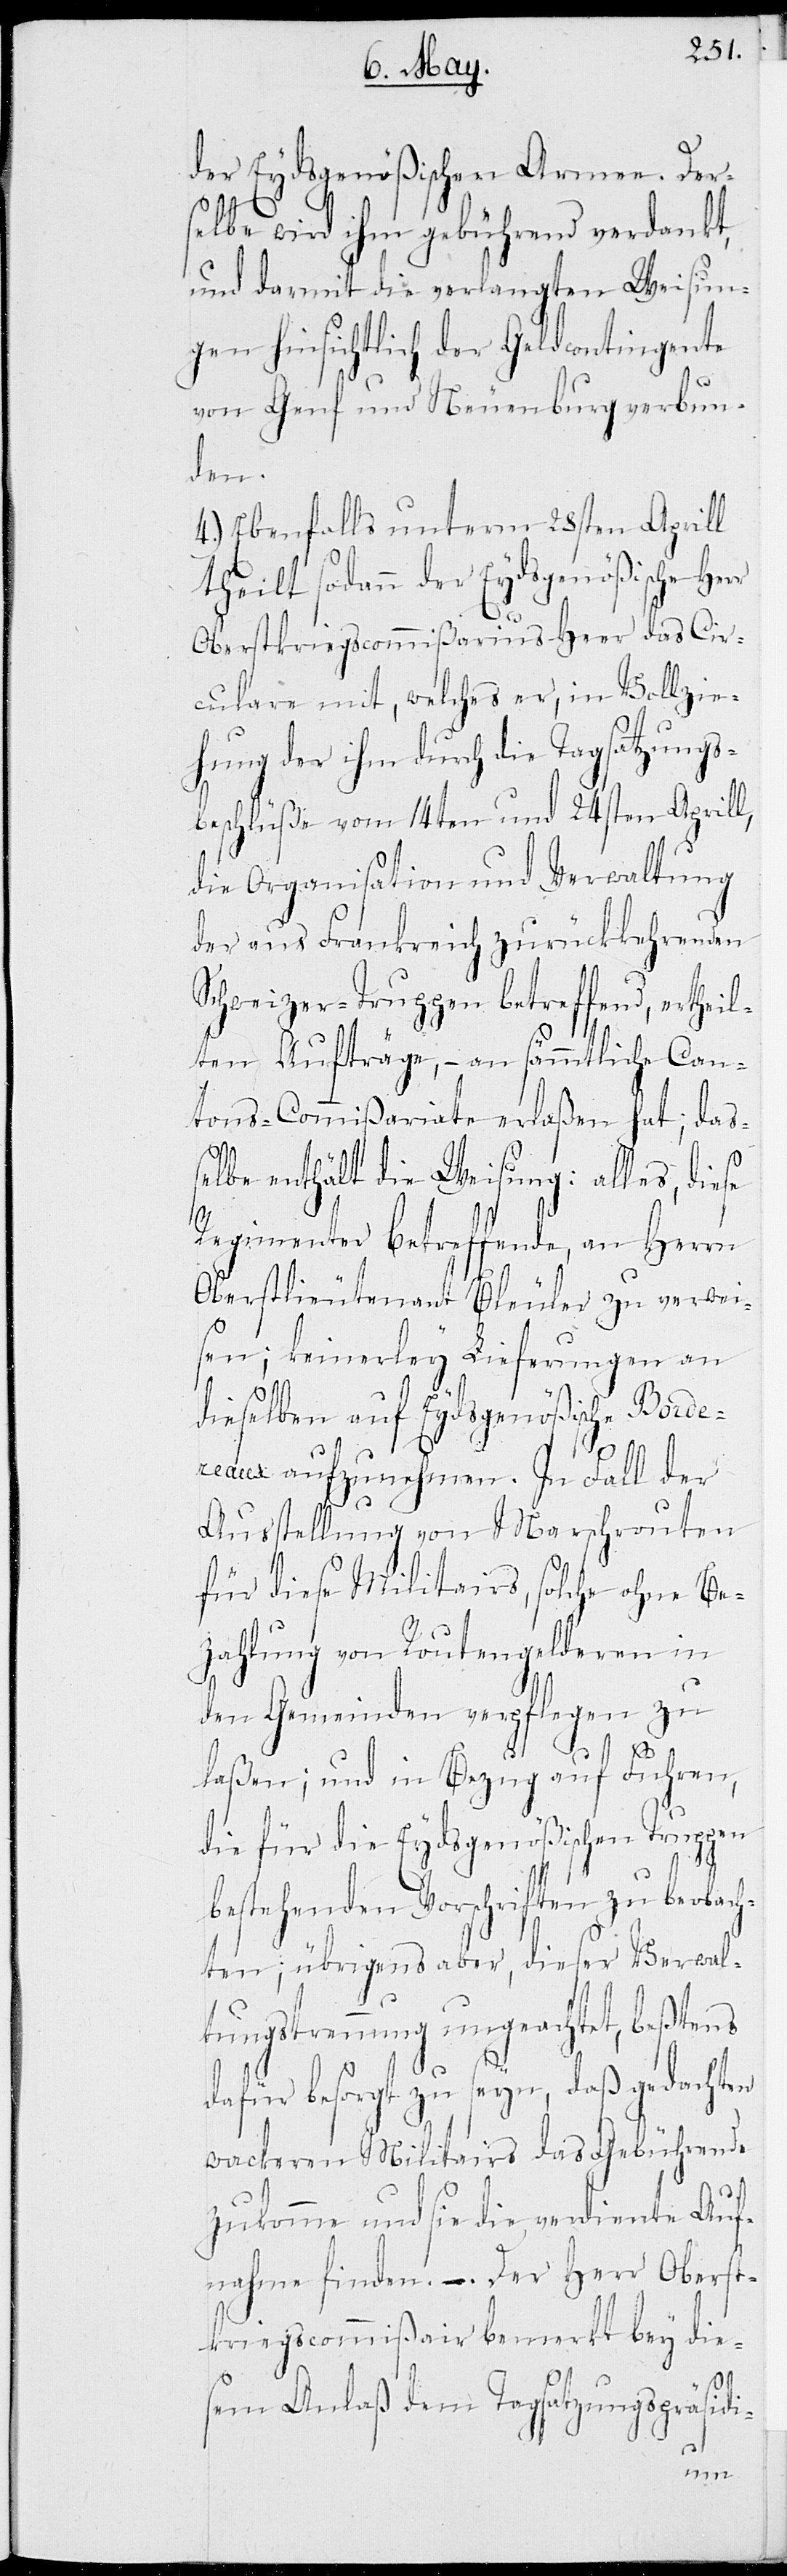
der Eydsgenößischen Armee. Ders¬
elbe wird ihm gebührend verdankt,
und darmit die verlangten Weisun¬
gen hinsichtlich der Geldcontingente
von Genf und Neuenburg verbun¬
den.
4.) Ebenfalls unterm 28sten Aprill
theilt sodann der Eydsgenößische He¬
Oberstkriegscommißarius Heer das Cir¬
culare mit, welches er, in Vollzie¬
hung der ihm durch die Tagsatzungs¬
beschlüße vom 14ten und 24sten Aprill,
die Organisation und Verwaltung
der aus Frankreich zurückkehrenden
Schweizer-Truppen betreffend, ertheil¬
ten Aufträge, – an sämmtliche Can¬
tons-Commißariate erlaßen hat; daß¬
elbe enthält die Weisung: alles, diese
Regimenter betreffende, an Herrn
Oberstlieutenant Bleuler zu verwei¬
sen; keinerley Lieferungen an
dieselben auf Eydsgenößische Border¬
eaux aufzunehmen. In Fall der
Ausstellung von Marschrouten
für diese Militairs, solche ohne Be¬
zahlung von Routengelderen in
den Gemeinden verpflegen zu
laßen; und in Bezug auf Fuhren,
die für die Eydsgenößischen Truppen
bestehenden Vorschriften zu beobach¬
ten; übrigens aber, dieser Verwal¬
tungstrennung ungeachtet, beßtens
dafür besorgt zu seyn, daß gedachten
wackeren Militairs das Gebührende
zukomme und sie die verdiente Auf¬
nahme finden. – Der Herr Oberst¬
kriegscommißair bemerkt bey die¬
rr
sem Anlaß dem Tagsatzungspräsidi-